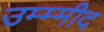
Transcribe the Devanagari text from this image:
उम्म्मीद